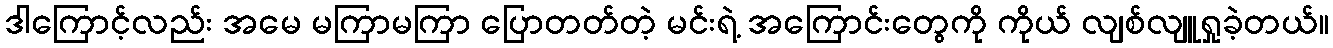
ဒါကြောင့်လည်း အမေ မကြာမကြာ ပြောတတ်တဲ့ မင်းရဲ့ အကြောင်းတွေကို ကိုယ် လျစ်လျူရှုခဲ့တယ်။